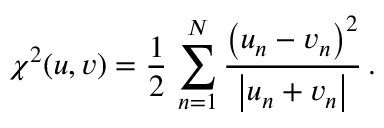
\chi ^ { 2 } ( u , v ) = \frac { 1 } { 2 } \, \sum _ { n = 1 } ^ { N } \frac { \left( u _ { n } - v _ { n } \right) ^ { 2 } } { \left| u _ { n } + v _ { n } \right| } \, .